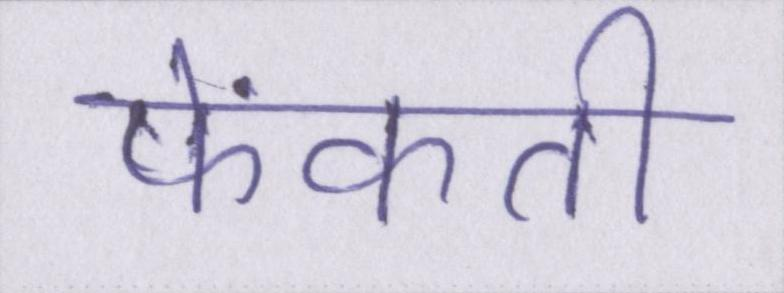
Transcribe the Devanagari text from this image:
फेंकती